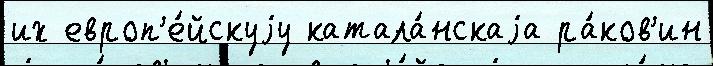
их европ'е́йскуjу катала́нскаjа ра́ков'ин